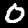
Digit: 0